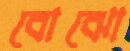
বোঝো